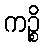
ကဉ္စိ